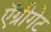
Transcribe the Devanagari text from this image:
ऍग्रीगेट